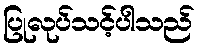
ပြုလုပ်သင့်ပါသည်